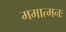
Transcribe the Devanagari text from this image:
ममात्मनः